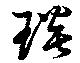
琰